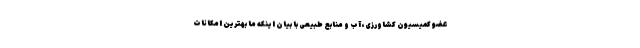
عضو کمیسیون کشاورزی، آب و منابع طبیعی با بیان اینکه ما بهترین امکانات